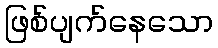
ဖြစ်ပျက်နေသော